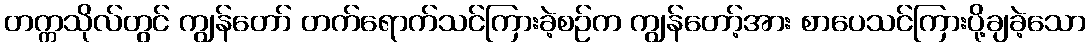
တက္ကသိုလ်တွင် ကျွန်တော် တက်ရောက်သင်ကြားခဲ့စဉ်က ကျွန်တော့်အား စာပေသင်ကြားပို့ချခဲ့သော